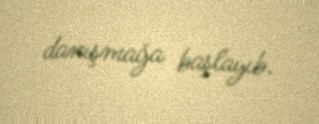
danışmağa başlayıb.